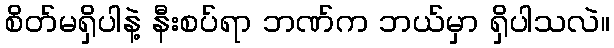
စိတ်မရှိပါနဲ့ နီးစပ်ရာ ဘဏ်က ဘယ်မှာ ရှိပါသလဲ။